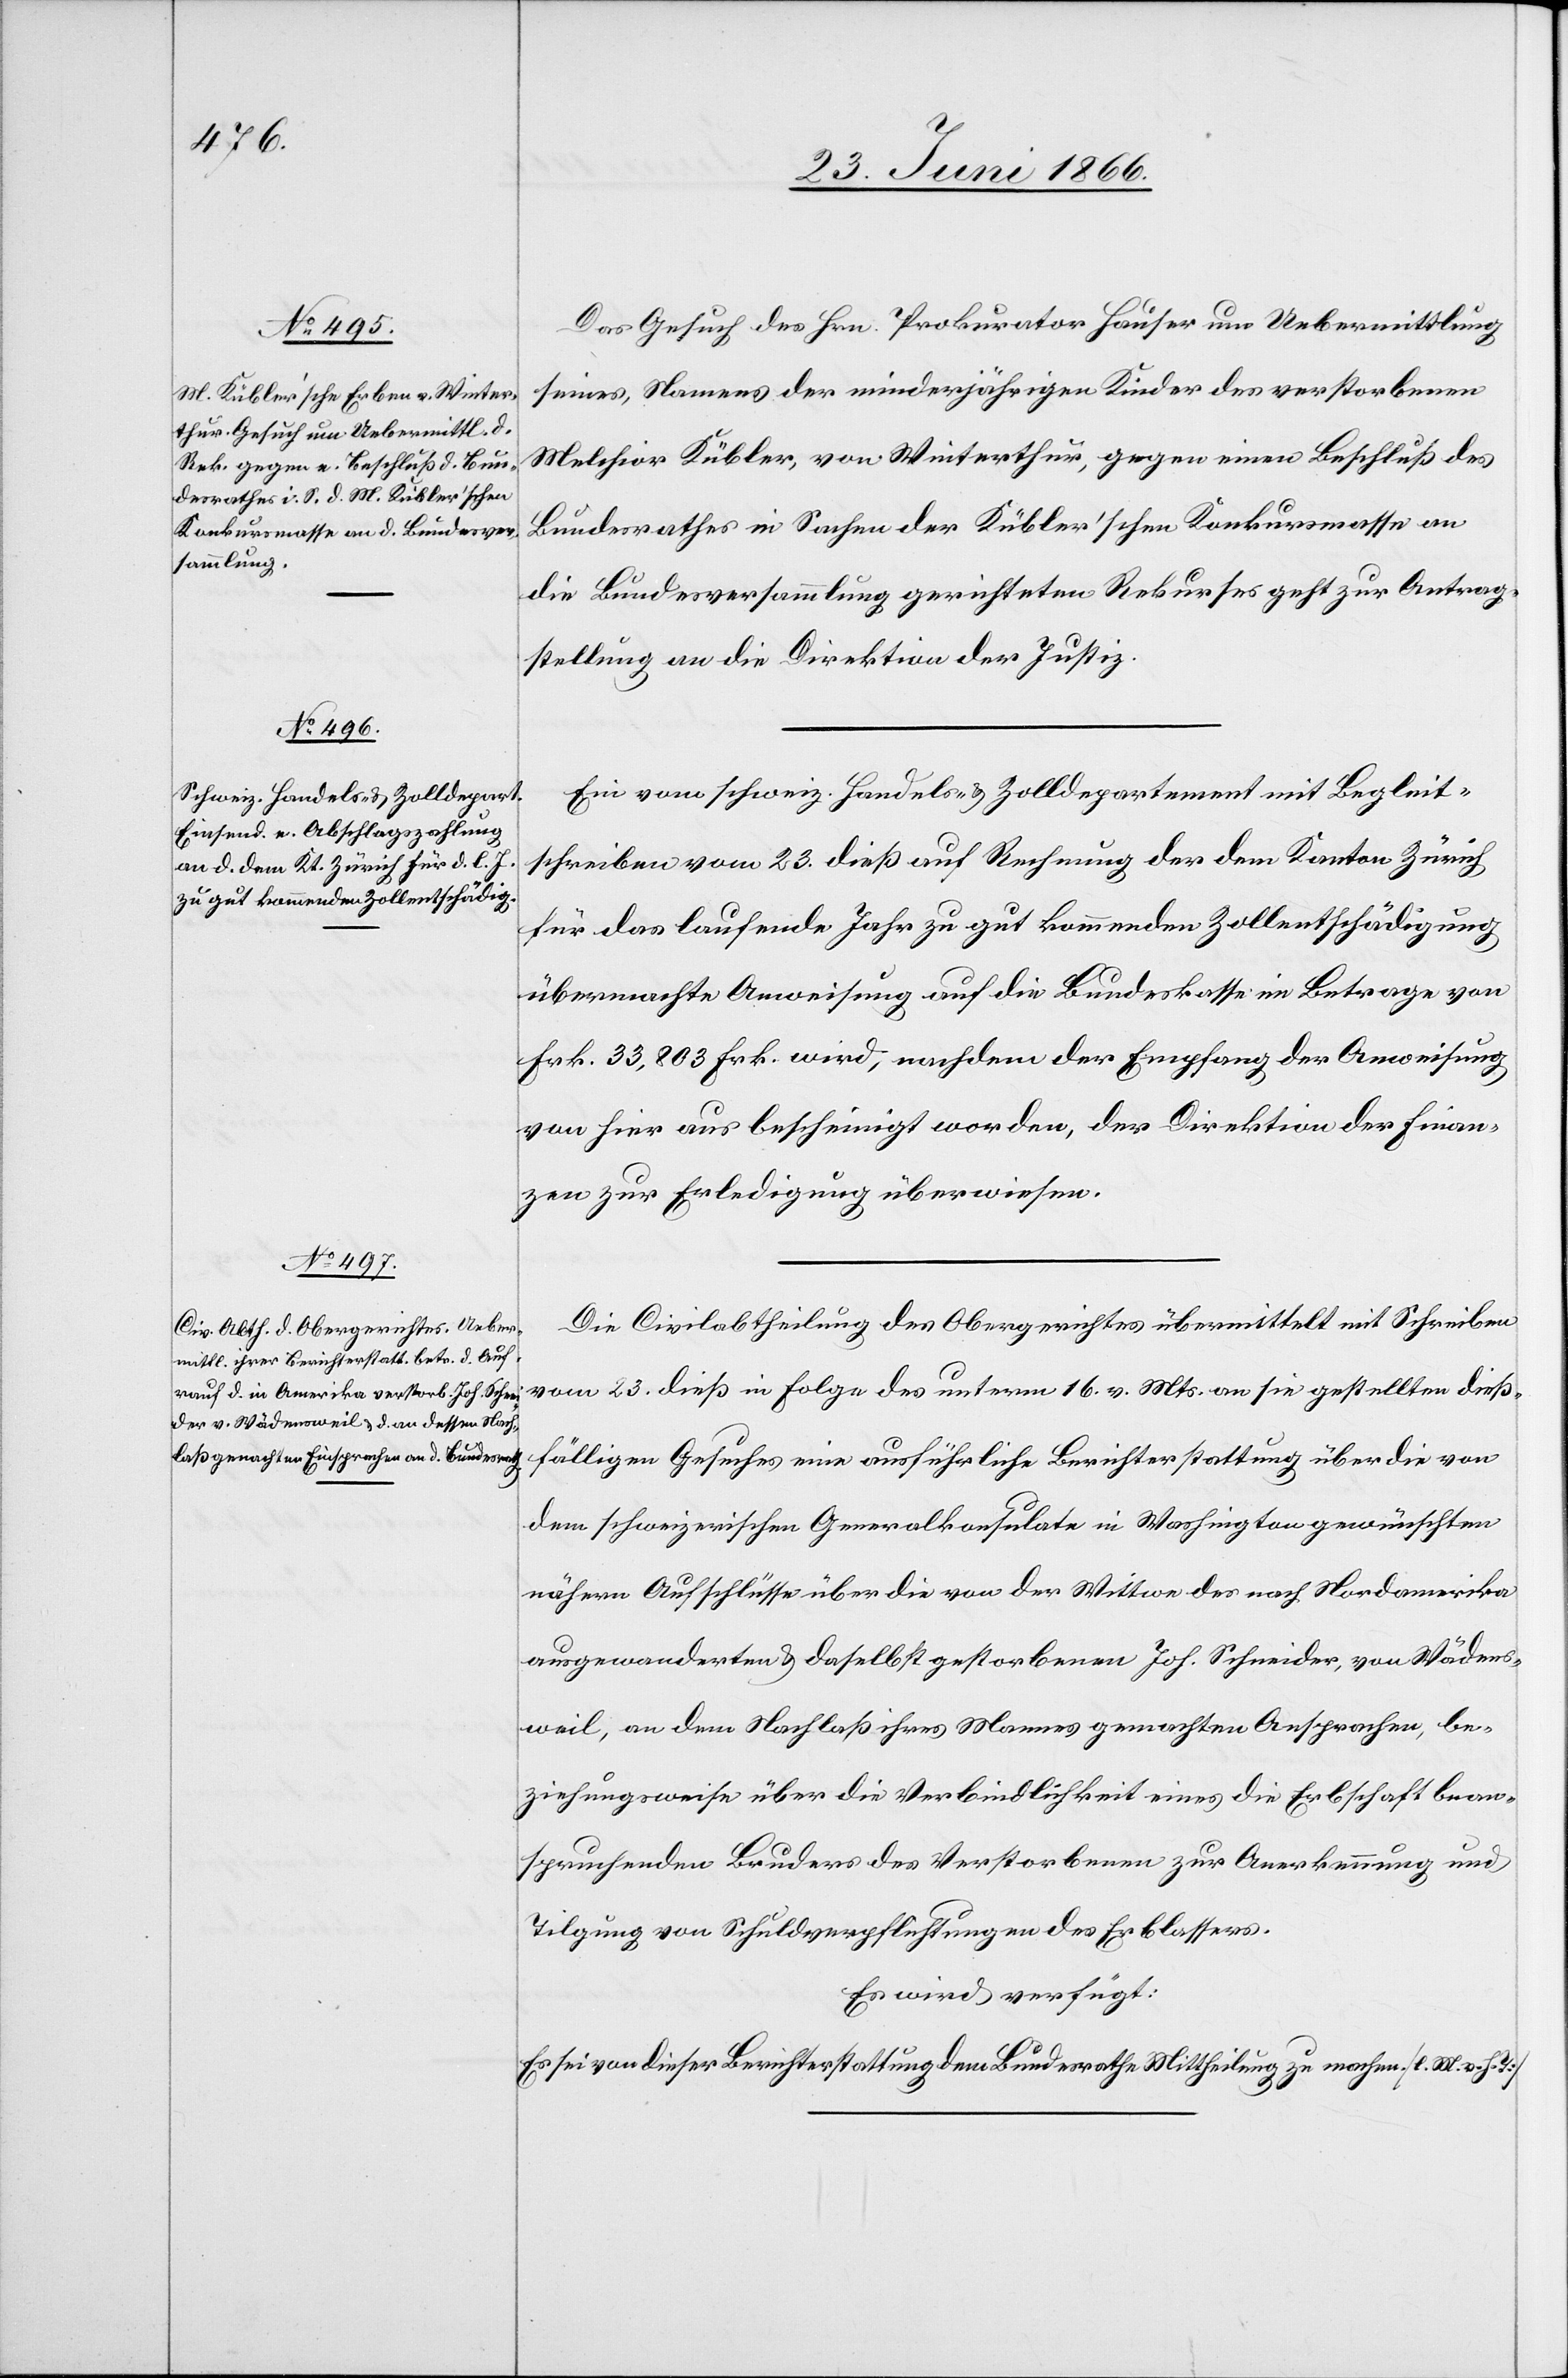
26. Juni 1866.]
Das Gesuch des Hrn. Prokurator Hauser um Uebermittlung
seines, Namens der minderjährigen Kinder des verstorbenen
Melchior Kübler, von Winterthur, gegen einen Beschluß des
Bundesrathes in Sachen der Kübler’schen Konkursmasse an
die Bundesversammlung gerichteten Rekurses geht zur Antrag¬
stellung an die Direktion der Justiz.
Ein vom schweiz. Handels- u. Zolldepartement mit Begleit¬
schreiben vom 23. dieß auf Rechnung der dem Kanton Zürich
für das laufende Jahr zu gut kommenden Zollentschädigung
übermachte Anweisung auf die Bundeskasse im Betrage von
Frk. 33 803 Frk. [sic!] wird, nachdem der Empfang der Anweisung
von hier aus bescheinigt worden, der Direktion der Finan¬
zen zur Erledigung überwiesen.
Die Civilabtheilung des Obergerichtes übermittelt mit Schreiben
dießfälligen Gesuches eine ausführliche Berichterstattung über die von
dem schweizerischen Generalkonsulate in Washington gewünschten
nähern Aufschlüsse über die von der Wittwe des nach Nordamerika
ausgewanderten u. daselbst gestorbenen Joh. Schneider, von Wädens¬
weil, an dem Nachlaß ihres Mannes gemachten Ansprachen, be¬
ziehungsweise über die Verbindlichkeit eines die Erbschaft bean¬
spruchenden Bruders des Verstorbenen zur Anerkennung und
Tilgung von Schulverpflichtungen des Erblassers.
Es wird verfügt:
Es sei von dieser Berichterstattung dem Bundesrathe Mittheilung zu machen. [l. M. v. h. T.]